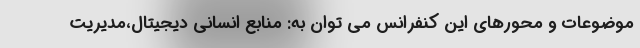
موضوعات و محورهای این کنفرانس می توان به: منابع انسانی دیجیتال،مدیریت